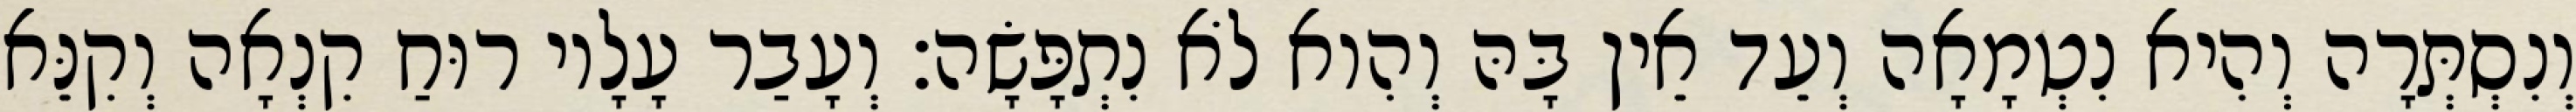
וְנִסְתְּרָה וְהִיא נִטְמָאָה וְעֵד אֵין בָּהּ וְהִוא לֹא נִתְפָּשָׂה׃ וְעָבַר עָלָיו רוּחַ קִנְאָה וְקִנֵּא